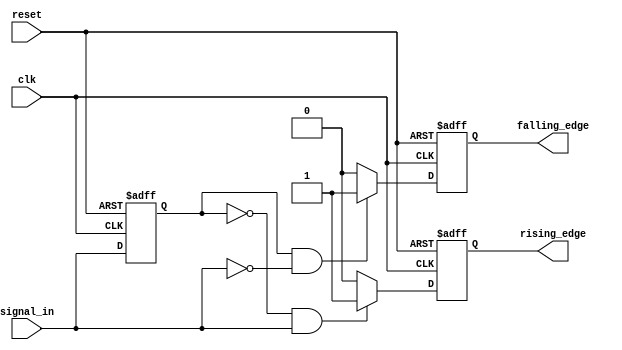
module schmitt_trigger_edge_detector (
    input wire clk,            // Clock signal
    input wire reset,          // Reset signal
    input wire signal_in,      // Input signal to be monitored
    output reg rising_edge,    // Output pulse for rising edge
    output reg falling_edge     // Output pulse for falling edge
);

    // Parameters for Schmitt Trigger thresholds
    parameter THRESHOLD_H = 1'b1; // High threshold
    parameter THRESHOLD_L = 1'b0; // Low threshold

    // State registers
    reg signal_prev;            // Previous state of the input signal

    // Initial block for reset
    initial begin
        rising_edge = 1'b0;
        falling_edge = 1'b0;
        signal_prev = THRESHOLD_L; // Initialize previous state to low
    end

    // Edge detection logic
    always @(posedge clk or posedge reset) begin
        if (reset) begin
            rising_edge <= 1'b0;
            falling_edge <= 1'b0;
            signal_prev <= THRESHOLD_L; // Reset previous state
        end else begin
            // Check for rising edge
            if (signal_prev == THRESHOLD_L && signal_in == THRESHOLD_H) begin
                rising_edge <= 1'b1; // Rising edge detected
            end else begin
                rising_edge <= 1'b0; // Reset rising edge pulse
            end

            // Check for falling edge
            if (signal_prev == THRESHOLD_H && signal_in == THRESHOLD_L) begin
                falling_edge <= 1'b1; // Falling edge detected
            end else begin
                falling_edge <= 1'b0; // Reset falling edge pulse
            end

            // Update previous state
            signal_prev <= signal_in;
        end
    end

endmodule